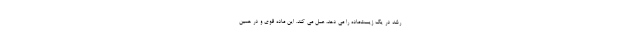
رشد در یک زیست‌ماده را می دهد، عمل می کند. این ماده قوی و در همین